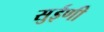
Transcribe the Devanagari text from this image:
सुईणी